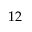
1 2